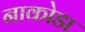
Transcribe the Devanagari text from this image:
नाकोडा